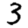
Digit: 3